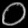
Digit: ၀